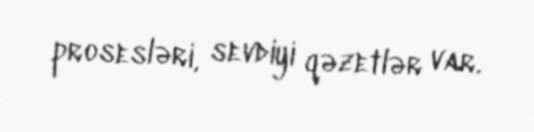
prosesləri, sevdiyi qəzetlər var.